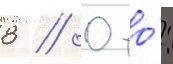
8 // 0 то́: